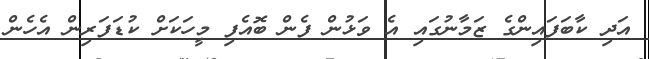
އަދި ކާބަފައިންގެ ޒަމާނުގައި އެ ވަޅުން ފެން ބޮއެފި މީހަކަށް ކުޑަފަރިން އެހެން